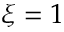
\xi = 1